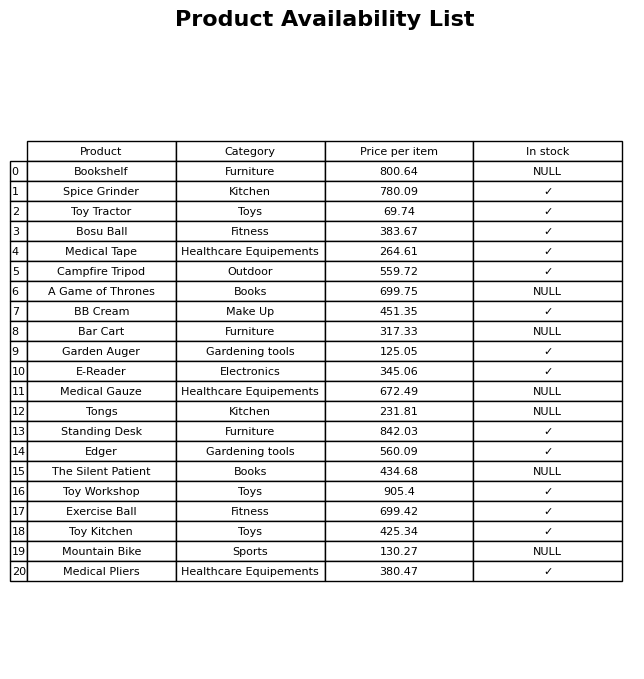
question: What category does the Exercise Ball belong to?
answer: Fitness